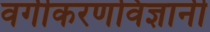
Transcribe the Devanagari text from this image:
वर्गीकरणविज्ञानी